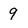
Character: 9